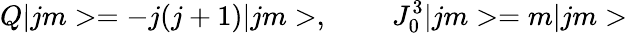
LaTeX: Q|jm>=-j(j+1)|jm>,\; \; \; \; \; \; \; \; J_{0}^{3}|jm>=m|jm>